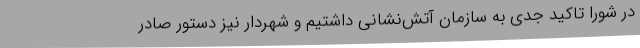
در شورا تاکید جدی به سازمان آتش‌نشانی داشتیم و شهردار نیز دستور صادر